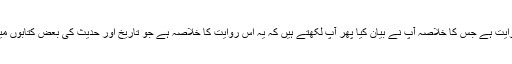
یہ بخاری کی روایت ہے جس کا خلاصہ آپؓ نے بیان کیا پھر آپؓ لکھتے ہیں کہ یہ اس روایت کا خلاصہ ہے جو تاریخ اور حدیث کی بعض کتابوں میں بیان ہوئی ہے۔